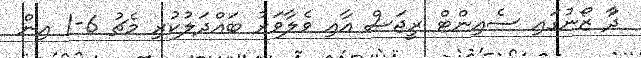
ދާު ޒޯނުގައިި ސެއިންޓް ރީޖަސް އާއި ވެލާވަރު ބައްދަލުކުރި މެޗު 6-1 އިން